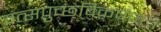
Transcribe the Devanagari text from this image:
वत्सपुच्छविकर्षणः।